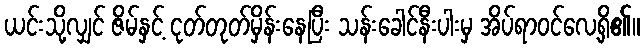
ယင်းသို့လျှင် ဇိမ်နှင့် ငုတ်တုတ်မှိန်းနေပြီး သန်းခေါင်နီးပါးမှ အိပ်ရာဝင်လေ့ရှိ၏။